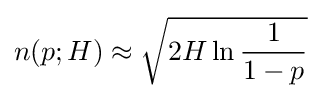
n(p;H)\approx {\sqrt {2H\ln {\frac {1}{1-p}}}}